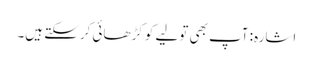
اشارہ: آپ بھی تولیے کو کڑھائی کرسکتے ہیں۔